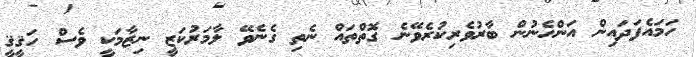
ހަމައެފަދައިން އަންހެނުން ބާރުވެރިކުރެވޭނެ ގޮތްތައް ނެތި ގެނެވޭ ލާމަރުކަޒީ ނިޒާމަކީ ވެސް ހަޤީޤީ